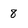
Character: 8